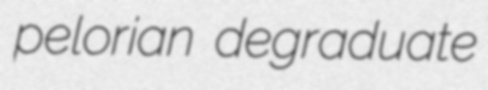
pelorian degraduate